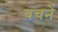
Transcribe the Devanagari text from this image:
बचनें